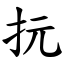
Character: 抏